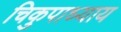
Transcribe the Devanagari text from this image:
चिकुपाध्याय